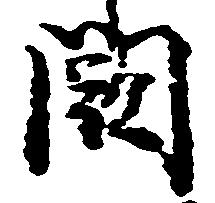
闕